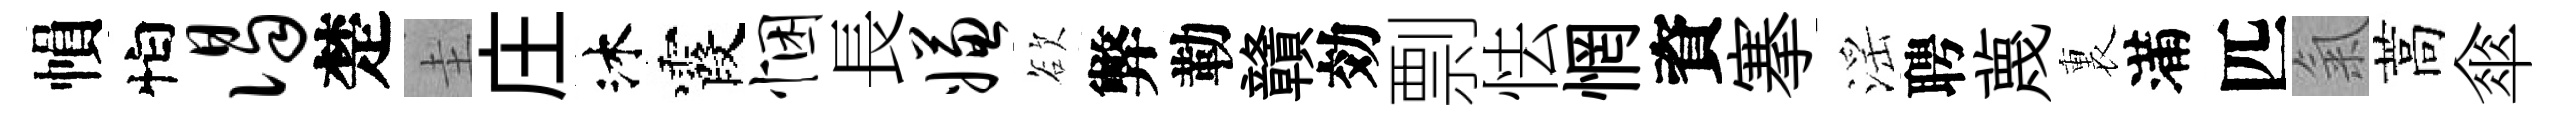
𢄙怕谒楚圭庄沐霞悃長嫌欲弊勒贛効剽怯惘資搴滛聘蔑裏滿匹氣蒿傘